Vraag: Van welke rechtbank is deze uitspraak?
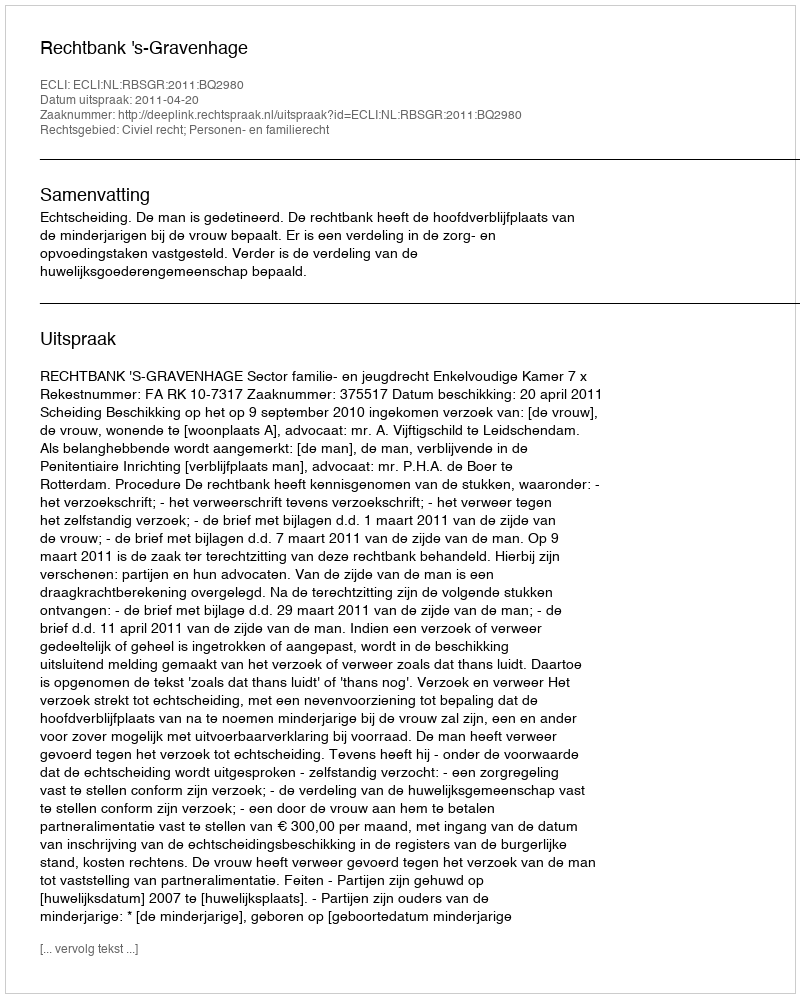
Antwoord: Rechtbank 's-Gravenhage